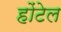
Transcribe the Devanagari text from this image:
होंटेल